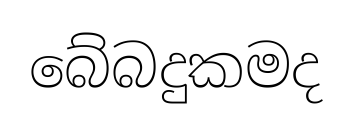
බේබදුකමද